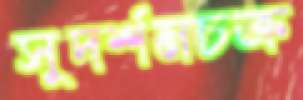
সুদর্শনচক্র